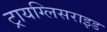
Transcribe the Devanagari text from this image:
ट्रायग्लिसराइड